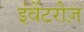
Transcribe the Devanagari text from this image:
इंवेंटरीज़